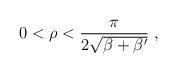
LaTeX: \begin{align*}0<\rho<\frac{\pi}{2\sqrt{\beta+\beta'}}\;,\end{align*}